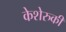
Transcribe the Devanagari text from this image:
केशेरुकी